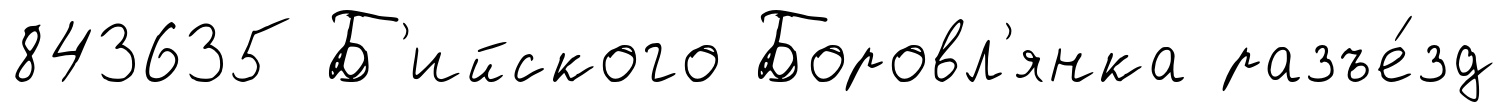
843635 Б'ийского Боровл'янка разъе́зд